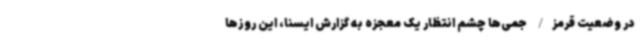
در وضعیت قرمز/ جمی‌ها چشم انتظار یک معجزه به گزارش ایسنا، این روزها